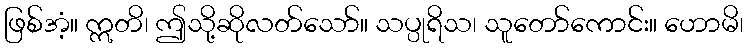
ဖြစ်အံ့။ ဣတိ၊ ဤသို့ဆိုလတ်သော်။ သပ္ပုရိသ၊ သူတော်ကောင်း။ ဟောမိ၊